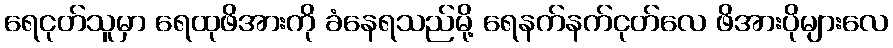
ရေငုတ်သူမှာ ရေထုဖိအားကို ခံနေရသည်မို့ ရေနက်နက်ငုတ်လေ ဖိအားပိုများလေ